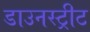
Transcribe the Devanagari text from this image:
डाउनस्ट्रीट